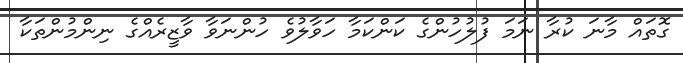
ގޮތައް މާނަ ކުރާ ނަމަ ފުލުހުންގެ ކަންކަމާ ހަވާލުވެ ހުންނަވާ ވާޒީރެއްގެ ނިންމުންތަކާ